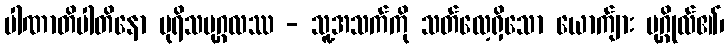
ပါဏာတိပါတိနော ပုရိသပုဂ္ဂလဿ - သူ့အသက်ကို သတ်လေ့ရှိသော ယောက်ျား ပုဂ္ဂိုလ်၏၊